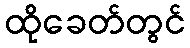
ထိုခေတ်တွင်